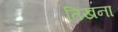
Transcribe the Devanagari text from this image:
तिखना